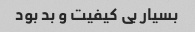
بسیار بی کیفیت و بد بود